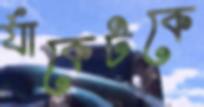
র‍্যাকেটকে